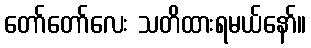
တော်တော်လေး သတိထားရမယ်နော်။